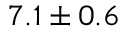
7 . 1 \pm 0 . 6